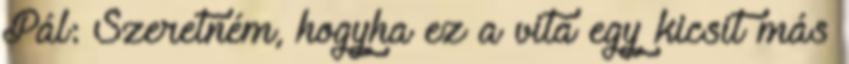
Pál: Szeretném, hogyha ez a vita egy kicsit más